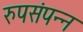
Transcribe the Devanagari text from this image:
रुपसंपन्न